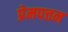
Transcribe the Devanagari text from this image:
प्रेमपत्तन